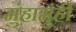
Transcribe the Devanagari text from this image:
मुंहामुंही